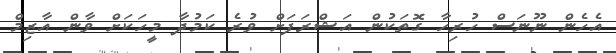
އެހެން ނޫނަސް ހުރިހާ ގޮތަކުން އަޝްރަފަށް ވުރެ ކަމުދާ މީހަކަށް ވާން އާޒިމް